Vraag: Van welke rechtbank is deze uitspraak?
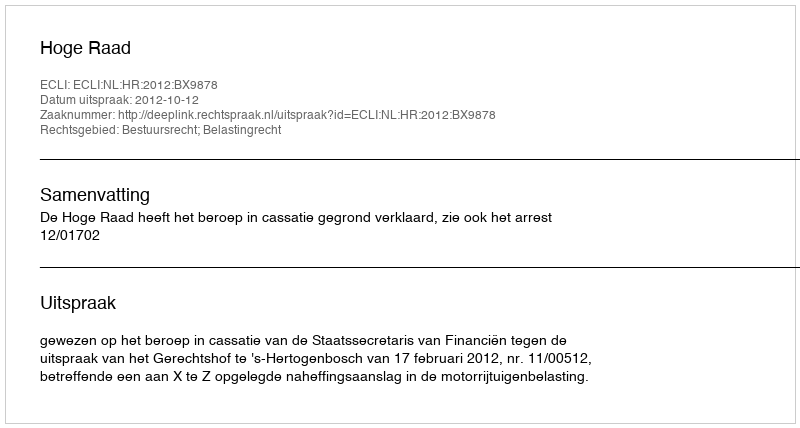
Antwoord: Hoge Raad